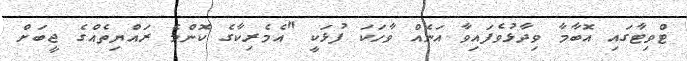
ޓްވިޓާގައި އޮބާމާ ވިދާޅުވެފައިވާ އަނެއް ވާހަކަ ފުޅަކީ "އެމެރިކާގެ ކޮންމެ ރައްޔިތެއްގެ ޖީބަށް